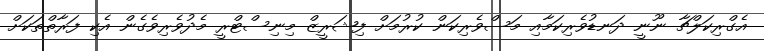
އެގްރިކަލްޗާ ނޫނީ ދަނޑުވެރިކަމާއި މަސްވެރިކަން ކުރުމަށް ފިޝަރީޒް މިނިސްޓްރީ މެދުވެރިވެގެން އެކި ފަރާތްތަކަށް